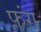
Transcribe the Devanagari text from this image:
फ़ंग